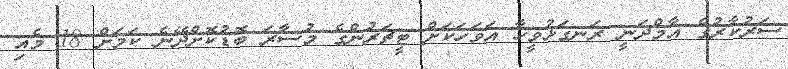
ސަރުކާރުގެ އާމްދަނީ ރަނގަޅުވީހާ އަވަހަކަށް ޓީޗަރުންގެ މުސާރަ ބޮޑުކޮށްދޭނެ ކަމަށް 18 މެއި